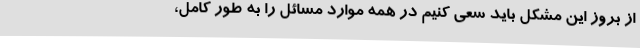
از بروز این مشکل باید سعی کنیم در همه موارد مسائل را به طور کامل،